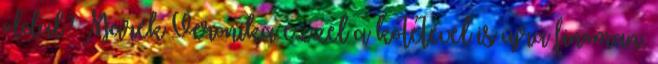
oldal? Marék Veronika ezzel a kötetével is újra finoman,